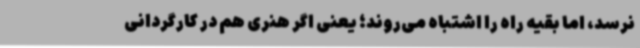
نرسد، اما بقیه راه را اشتباه می‌روند؛ یعنی اگر هنری هم در کارگردانی